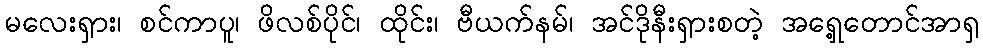
မလေးရှား၊ စင်ကာပူ၊ ဖိလစ်ပိုင်၊ ထိုင်း၊ ဗီယက်နမ်၊ အင်ဒိုနီးရှားစတဲ့ အရှေ့တောင်အာရှ